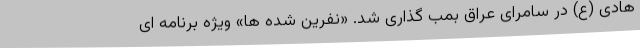
هادی (ع) در سامرای عراق بمب گذاری شد. «نفرین شده ها» ویژه برنامه ای